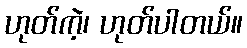
ဟုတ်ကဲ့၊ ဟုတ်ပါတယ်။